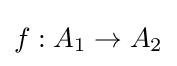
f:A_{1}\to A_{2}